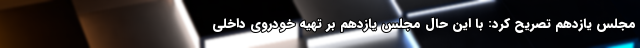
مجلس یازدهم تصریح کرد: با این حال مجلس یازدهم بر تهیه خودروی داخلی